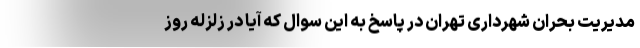
مدیریت بحران شهرداری تهران در پاسخ به این سوال که آیا در زلزله روز